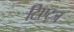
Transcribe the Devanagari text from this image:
टिएट्ज